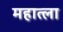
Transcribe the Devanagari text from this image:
महात्ला